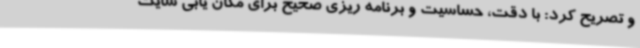
و تصریح کرد: با دقت، حساسیت و برنامه ریزی صحیح برای مکان یابی سایت